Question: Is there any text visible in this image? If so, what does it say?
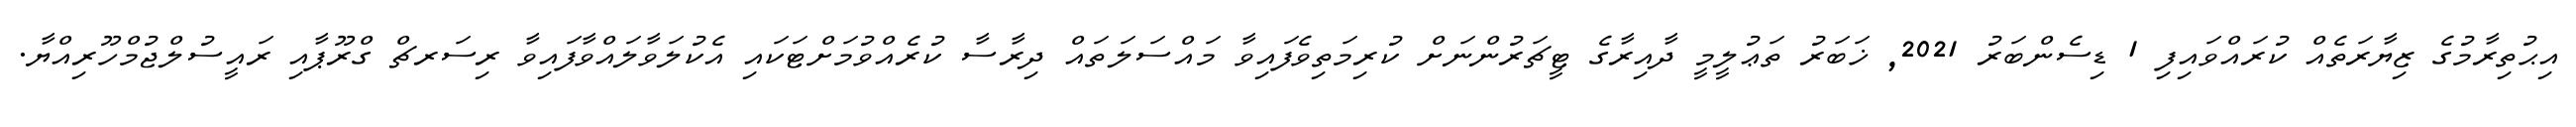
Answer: އިޙުތިރާމުގެ ޒިޔާރަތެއް ކުރައްވައިފި 1 ޑިސެންބަރު 2021, ޚަބަރު ތަޢުލީމީ ދާއިރާގެ ޓީޗަރުންނަށް ކުރިމަތިވެފައިވާ މައްސަލަތައް ދިރާސާ ކުރެއްވުމަށްޓަކައި އެކުލަވާލައްވާފައިވާ ރިސަރޗް ގްރޫޕާއި ރައީސުލްޖުމްހޫރިއްޔާ.